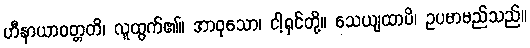
ဟီနာယာဝတ္တတိ၊ လူထွက်၏။ အာဝုသော၊ ငါ့ရှင်တို့။ သေယျထာပိ၊ ဥပမာမည်သည်။